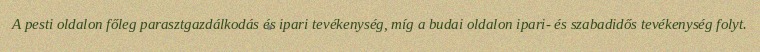
A pesti oldalon főleg parasztgazdálkodás és ipari tevékenység, míg a budai oldalon ipari- és szabadidős tevékenység folyt.